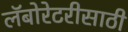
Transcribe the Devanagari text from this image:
लॅबोरेटरीसाठी